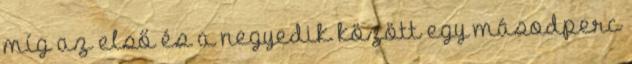
míg az első és a negyedik között egy másodperc